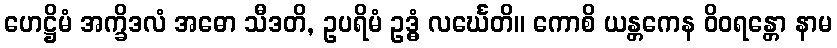
ဟေဋ္ဌိမံ အက္ခိဒလံ အဓော သီဒတိ, ဥပရိမံ ဥဒ္ဓံ လင်္ဃေတိ။ ကောစိ ယန္တကေန ဝိဝရန္တော နာမ